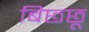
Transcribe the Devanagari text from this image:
बिछ्छू